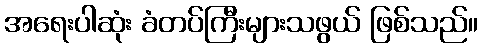
အရေးပါဆုံး ခံတပ်ကြီးများသဖွယ် ဖြစ်သည်။